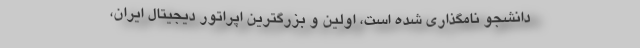
دانشجو نامگذاری شده است، اولین و بزرگترین اپراتور دیجیتال ایران،